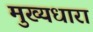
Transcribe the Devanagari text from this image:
मुख्‍यधारा